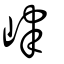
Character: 峍